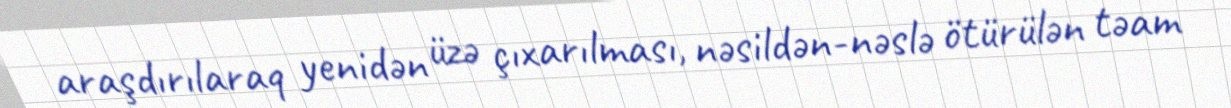
araşdırılaraq yenidən üzə çıxarılması, nəsildən-nəslə ötürülən təam